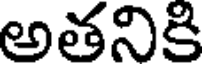
అతనికి